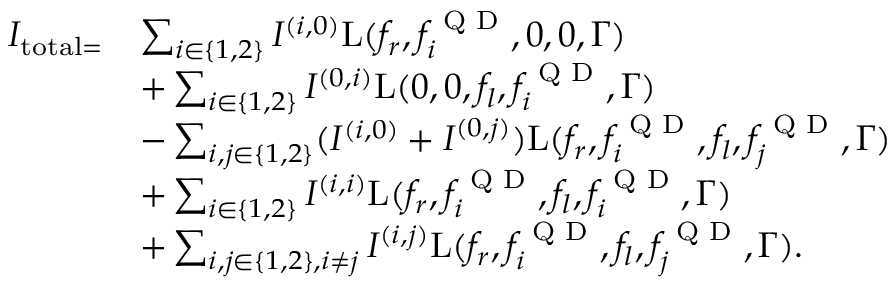
\begin{array} { r l } { I _ { \mathrm { t o t a l } = } } & { \sum _ { i \in \{ 1 , 2 \} } I ^ { ( i , 0 ) } \mathrm { L } ( f _ { r } , f _ { i } ^ { \textrm { Q D } } , 0 , 0 , \Gamma ) } \\ & { + \sum _ { i \in \{ 1 , 2 \} } I ^ { ( 0 , i ) } \mathrm { L } ( 0 , 0 , f _ { l } , f _ { i } ^ { \textrm { Q D } } , \Gamma ) } \\ & { - \sum _ { i , j \in \{ 1 , 2 \} } ( I ^ { ( i , 0 ) } + I ^ { ( 0 , j ) } ) \mathrm { L } ( f _ { r } , f _ { i } ^ { \textrm { Q D } } , f _ { l } , f _ { j } ^ { \textrm { Q D } } , \Gamma ) } \\ & { + \sum _ { i \in \{ 1 , 2 \} } I ^ { ( i , i ) } \mathrm { L } ( f _ { r } , f _ { i } ^ { \textrm { Q D } } , f _ { l } , f _ { i } ^ { \textrm { Q D } } , \Gamma ) } \\ & { + \sum _ { i , j \in \{ 1 , 2 \} , i \neq j } I ^ { ( i , j ) } \mathrm { L } ( f _ { r } , f _ { i } ^ { \textrm { Q D } } , f _ { l } , f _ { j } ^ { \textrm { Q D } } , \Gamma ) . } \end{array}